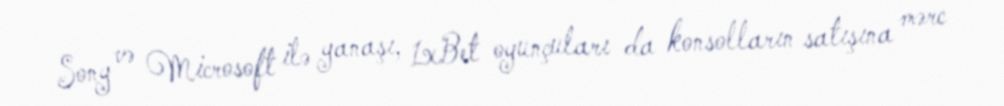
Sony və Microsoft ilə yanaşı, 1xBet oyunçuları da konsolların satışına mərc